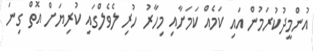
އުންމީދުކުރަމުން އައި ކަމެއް ކަމަށާއި މިހާރު ހުރި ލެވެލްގައި ކުރިޔަށް އޮތް ގިނަ